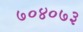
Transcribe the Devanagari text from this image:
७०४०७३